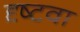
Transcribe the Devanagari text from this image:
दृष्टवा